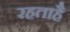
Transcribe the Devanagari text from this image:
रहताहै